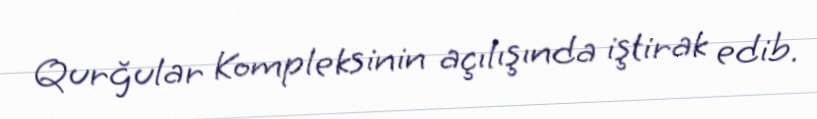
Qurğular Kompleksinin açılışında iştirak edib.